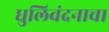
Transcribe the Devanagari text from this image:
धुलिवंदनाचा